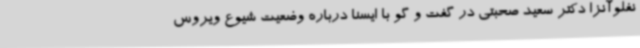
نفلوآنزا دکتر سعید صحبتی در گفت و گو با ایسنا درباره وضعیت شیوع ویروس